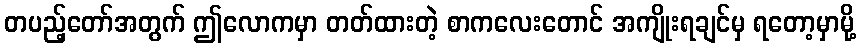
တပည့်တော်အတွက် ဤလောကမှာ တတ်ထားတဲ့ စာကလေးတောင် အကျိုးရချင်မှ ရတော့မှာမို့